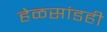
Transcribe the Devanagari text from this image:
हेळसांडही